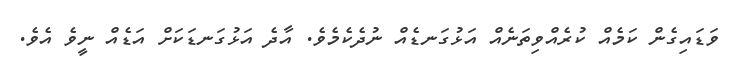
ވަޑައިގެން ކަމެއް ކުރެއްވިތަނެއް އަޅުގަނޑެއް ނުދެކެމެވެ. އާދެ އަޅުގަނޑަކަށް އަޑެއް ނީވެ އެވެ.